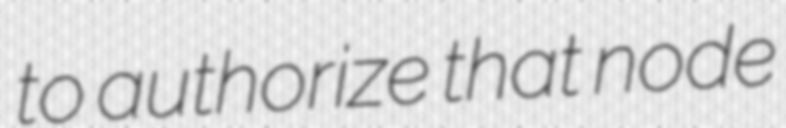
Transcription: to authorize that node